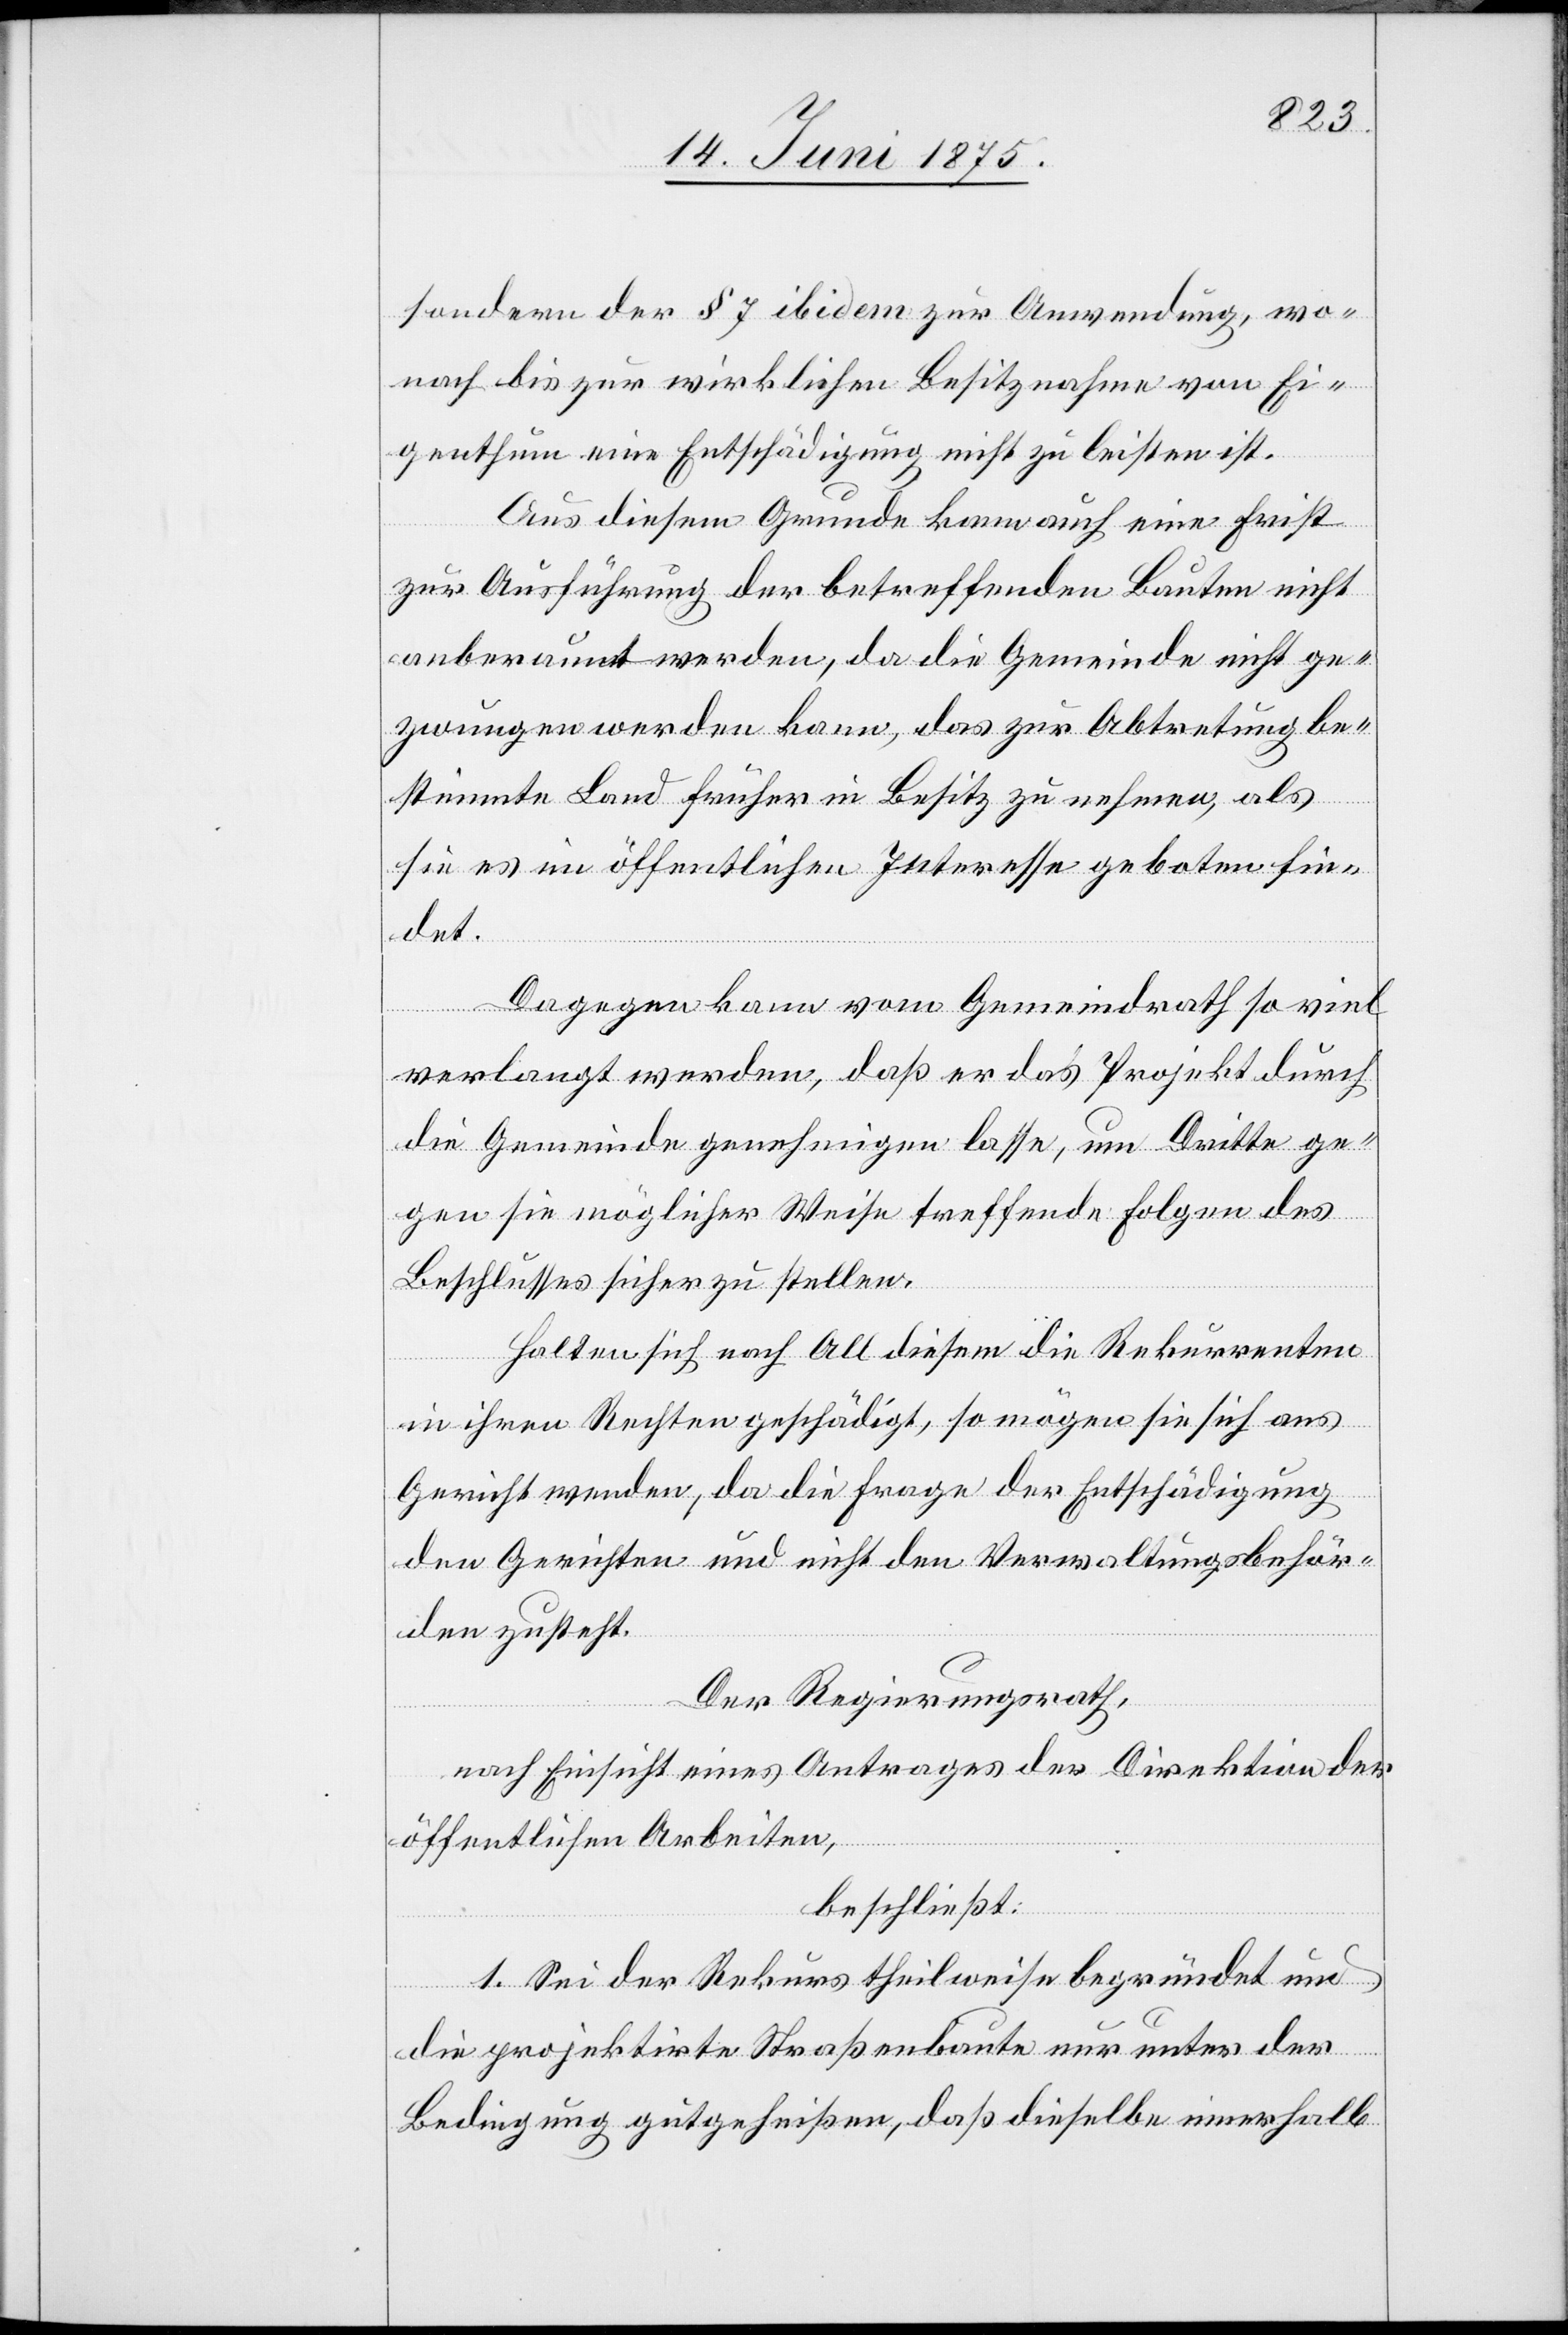
sondern der § 7 ibidem zur Anwendung, wo¬
nach bis zur wirklichen Besitznahme von Ei¬
genthum eine Entschädigung nicht zu leisten ist.
Aus diesem Grunde kann auch eine Frist
zur Ausführung der betreffenden Bauten nicht
anberaumt werden, da die Gemeinde nicht ge¬
zwungen werden kann, das zur Abtretung be¬
stimmte Land früher in Besitz zu nehmen, als
sie es im öffentlichen Interesse geboten fin¬
det.
Dagegen kann vom Gemeindrath so viel
verlangt werde, daß er das Projekt durch
die Gemeinde genehmigen lasse, um Dritte ge¬
gen sie möglicher Weise treffende Folgen des
Beschlusses sicher zu stellen.
Halten sich nach All diesem die Rekurrenten
in ihren Rechten geschädigt, so mögen sie sich ans
Gericht wenden, da die Frage der Entschädigung
den Gerichten und nicht den Verwaltungsbehör¬
den zusteht.
Der Regierungsrath,
nach Einsicht eines Antrages der Direktion der
öffentlichen Arbeiten,
beschließt:
1. Sei der Rekurs theilweise begründet und
die projektirte Straßenbaute nur unter der
Bedingung gutgeheißen, daß dieselbe innerhalb